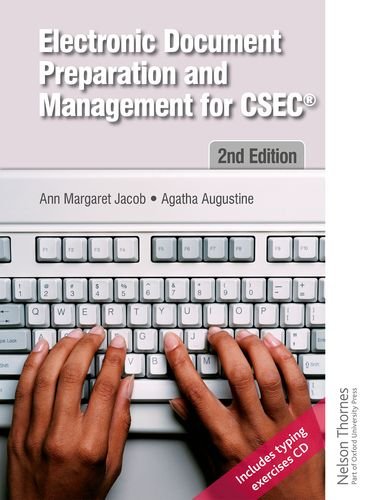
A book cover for Electronic Document Preparation and Management for CSEC 2nd Edition; Ann-Margaret Jacob; Teen & Young Adult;